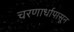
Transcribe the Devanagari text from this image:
चरणार्धापासून